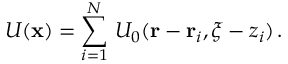
U ( { \bf x } ) = \sum _ { i = 1 } ^ { N } \, U _ { 0 } ( { \bf r } - { \bf r } _ { i } , \xi - z _ { i } ) \, .